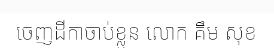
ចេញដីកាចាប់ខ្លួន លោក គឹម សុខ